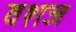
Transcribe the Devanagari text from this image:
वशज